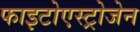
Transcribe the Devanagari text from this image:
फाइटोएस्ट्रोजेन